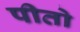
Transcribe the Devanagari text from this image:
पीतो